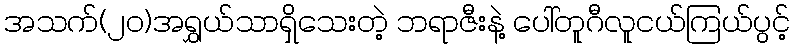
အသက်(၂၀)အရွှယ်သာရှိသေးတဲ့ ဘရာဇီးနဲ့ ပေါ်တူဂီလူငယ်ကြယ်ပွင့်